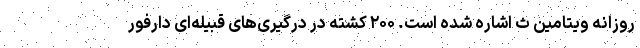
روزانه ویتامین ث اشاره شده است. ۲۰۰ کشته در درگیری‌های قبیله‌ای دارفور